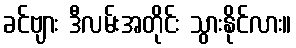
ခင်ဗျား ဒီလမ်းအတိုင်း သွားနိုင်လား။